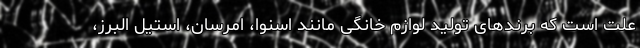
علت است که برندهای تولید لوازم خانگی مانند اسنوا، امرسان، استیل البرز،